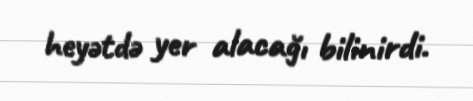
heyətdə yer alacağı bilinirdi.